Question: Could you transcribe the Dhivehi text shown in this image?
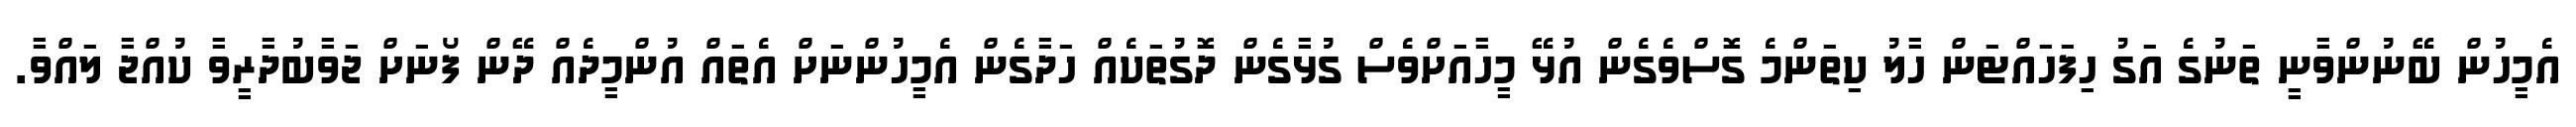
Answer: އެމީހުން ބޭނުންވާނީ ތަނުގެ އަގު ހިފަހައްޓަން ހާލު ކިތަންމެ ގޮސްވެގެން އުޅޭ މީހާއަށްވެސް ގުޅާގެން ދޮގުތަކެއް ހަދާގެން އެމީހުންނަށް އެތައް އުންމީދެއް ދޭން ފޯނަށް ޖަވާބުދާރީވާ ކުއްޖާ ލައްވާ.